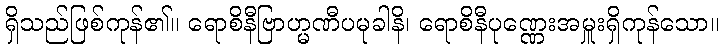
ရှိသည်ဖြစ်ကုန်၏။ ရောစိနီဗြာဟ္မဏီပမုခါနိ၊ ရောစိနီပုဏ္ဏေးအမှူးရှိကုန်သော။